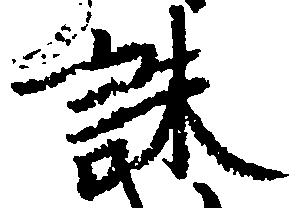
誅